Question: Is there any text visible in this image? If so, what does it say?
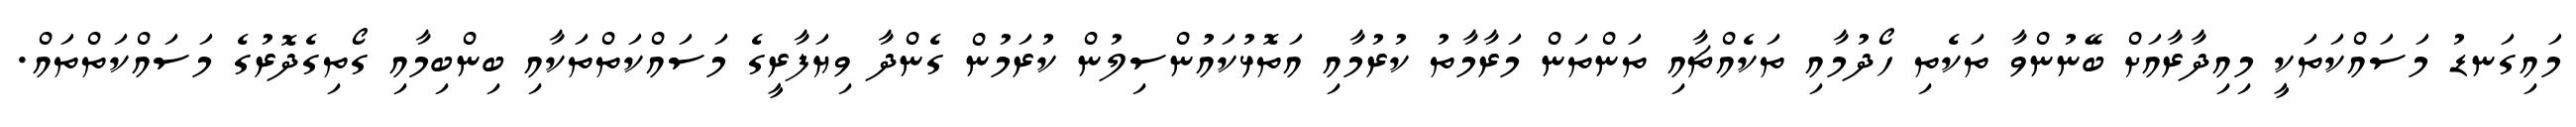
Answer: މައިގަނޑު މަސައްކަތަކީ މިއިދާރާއަށް ބޭނުންވާ ތަކެތި ހޯދުމާއި ތަކެއްޗާއި ތަންތަން މަރާމާތު ކުރުމާއި އަތޮޅުކައުންސިލުން ކުރަމުން ގެންދާ ވިޔަފާރީގެ މަސައްކަތްތަކާއި ބިންބިމާއި ގޯތިގެދޮރުގެ މަސައްކަތްތައް.